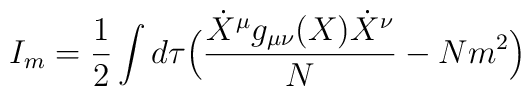
I_m=\frac{1}{2}\int d\tau\Bigl ( \frac{\dot X^\mu  g_{\mu\nu}(X)\dot X^\nu}{N}-N m^2\Bigr )